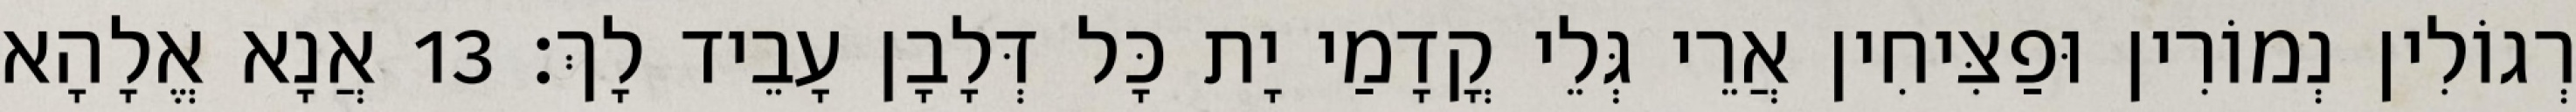
רְגוֹלִין נְמוֹרִין וּפַצִּיחִין אֲרֵי גְּלֵי קֳדָמַי יָת כָּל דְּלָבָן עָבֵיד לָךְ׃ 13 אֲנָא אֱלָהָא